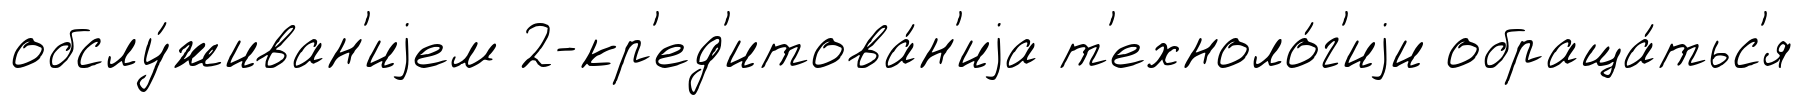
обслу́живан'иjем 2-кр'ед'итова́н'иjа т'ехноло́г'иjи обраща́тьс'я